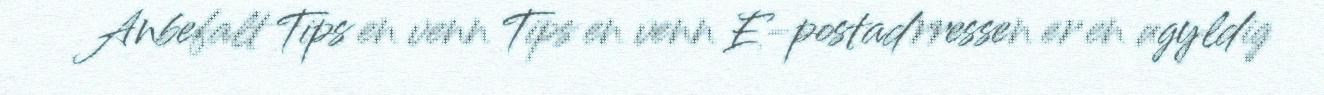
Anbefalt Tips en venn Tips en venn E-postadrressen er en ugyldig